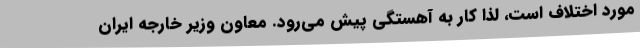
مورد اختلاف است، لذا کار به آهستگی پیش می‌رود. معاون وزیر خارجه ایران